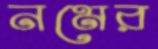
নমের